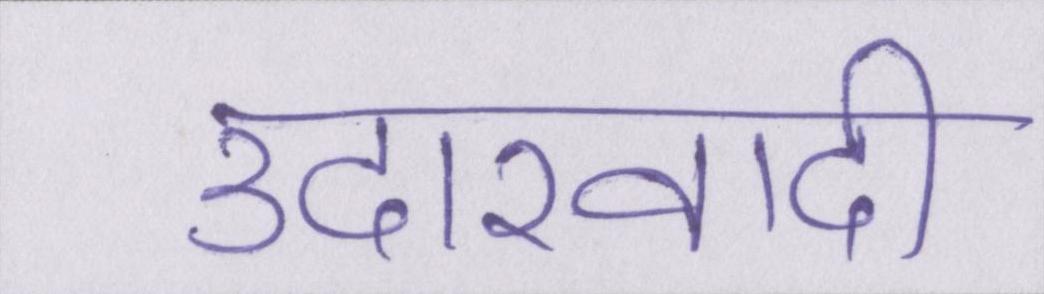
उदारवादी